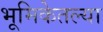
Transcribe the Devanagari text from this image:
भूमिकेतल्या